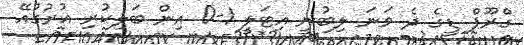
ގްރޫޕް ޑީގެ ދެ ވަނަ ލިބުނީ އިޓަލީ 1-0 އިން ބަލިކުރި އުރުގުއޭ